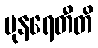
ပုနရေတီတိ